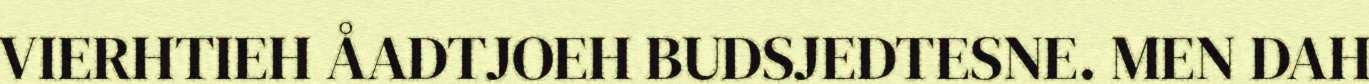
VIERHTIEH ÅADTJOEH BUDSJEDTESNE. MEN DAH